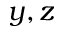
y , z